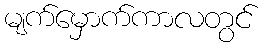
မျက်မှောက်ကာလတွင်